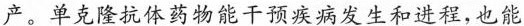
产。单克隆抗体药物能干预疾病发生和进程,也能